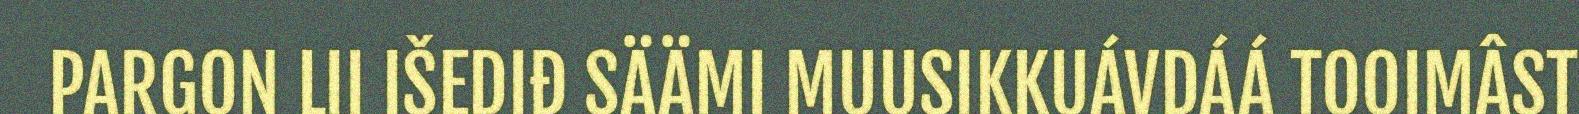
PARGON LII IŠEDIĐ SÄÄMI MUUSIKKUÁVDÁÁ TOOIMÂST